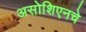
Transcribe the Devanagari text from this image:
असोशिएनचे